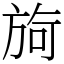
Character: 㫊